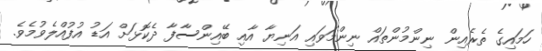
ހަމައިގެ ތެރެއިން ނިންމުންތައް ނިންމަވައި އަނިޔާ އާއި ބޭއިންސާފާ ދެކޮޅަށް އަޑު އުފުއްލެވުމެވެ.